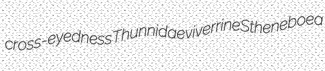
cross-eyedness Thunnidae viverrine Stheneboea